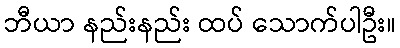
ဘီယာ နည်းနည်း ထပ် သောက်ပါဦး။